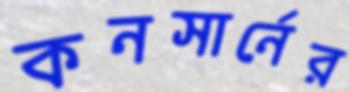
কনসার্নের